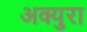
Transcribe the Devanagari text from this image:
अक्युरा